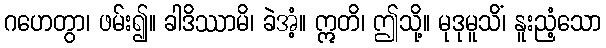
ဂဟေတွာ၊ ဖမ်း၍။ ခါဒိဿာမိ၊ ခဲအံ့။ ဣတိ၊ ဤသို့။ မုဒုမူသိံ၊ နူးညံ့သော